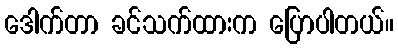
ဒေါက်တာ ခင်သက်ထားက ပြောပါတယ်။